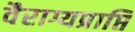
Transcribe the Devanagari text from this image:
वैराग्यप्राप्ति